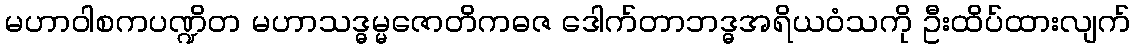
မဟာဝါစကပဏ္ဍိတ မဟာသဒ္ဓမ္မဇောတိကဓဇ ဒေါက်တာဘဒ္ဓအရိယဝံသကို ဦးထိပ်ထားလျက်